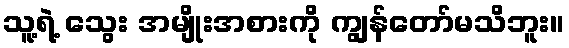
သူ့ရဲ့ သွေး အမျိုးအစားကို ကျွန်တော်မသိဘူး။